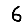
Digit: 6